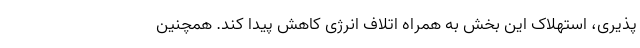
پذیری، استهلاک این بخش به همراه اتلاف انرژی کاهش پیدا کند. همچنین